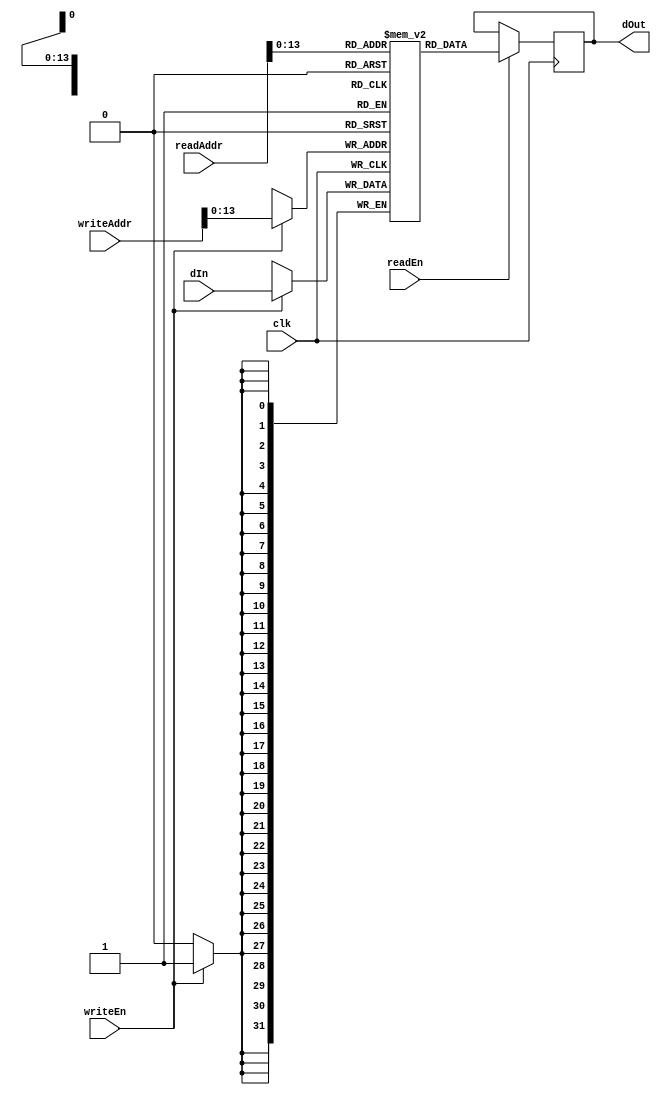
module datamemory(
  input        clk,
  input[31:0]  readAddr,
  input[31:0]  writeAddr,
  input        readEn,
  input        writeEn,
  input[31:0]  dIn,
  output reg[31:0] dOut
);
  reg[31:0] mem[16383:0];
  always @(posedge clk) begin
    if (writeEn) begin
      mem[writeAddr[13:0]] <= dIn;
    end
    if (readEn) begin
      dOut <= mem[readAddr[13:0]];
    end
  end
endmodule